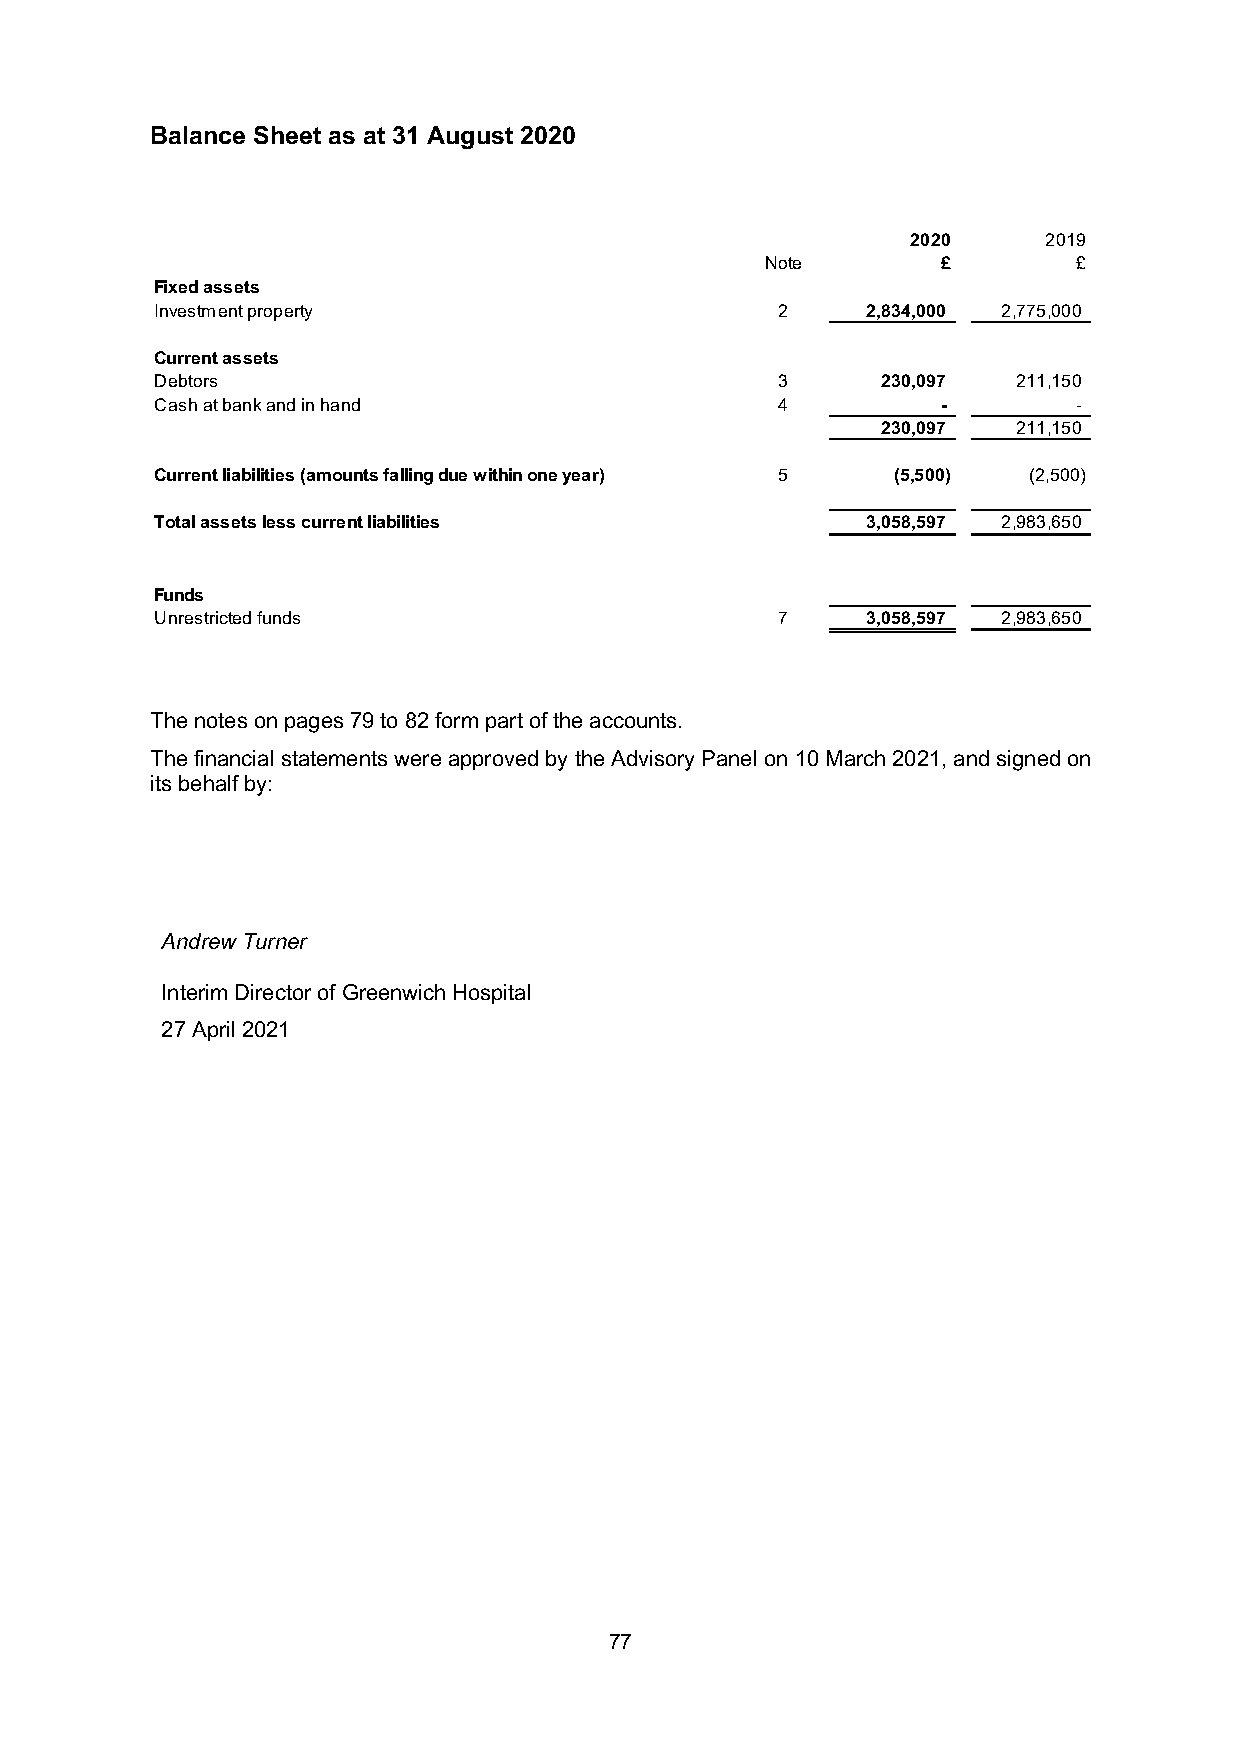
Balance Sheet as at 31 August 2020
 2020     2019
 Note       £        £
 Fixed assets
 Investment property                      2     2,834,000 2,775,000
 Current assets
 Debtors                                  3      230,097  211,150
 Cash at bank and in hand                 4          -        -
 230,097  211,150
 Current liabilities (amounts falling due within one year) 5 (5,500) (2,500)
 Total assets less current liabilities          3,058,597 2,983,650
 Funds
 Unrestricted funds                       7     3,058,597 2,983,650
 The notes on pages 79 to 82 form part of the accounts.
 The financial statements were approved by the Advisory Panel on 10 March 2021, and signed on
 its behalf by:
 Andrew Turner
 Interim Director of Greenwich Hospital
 27 April 2021
 77